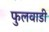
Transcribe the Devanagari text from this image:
फुलवाडी